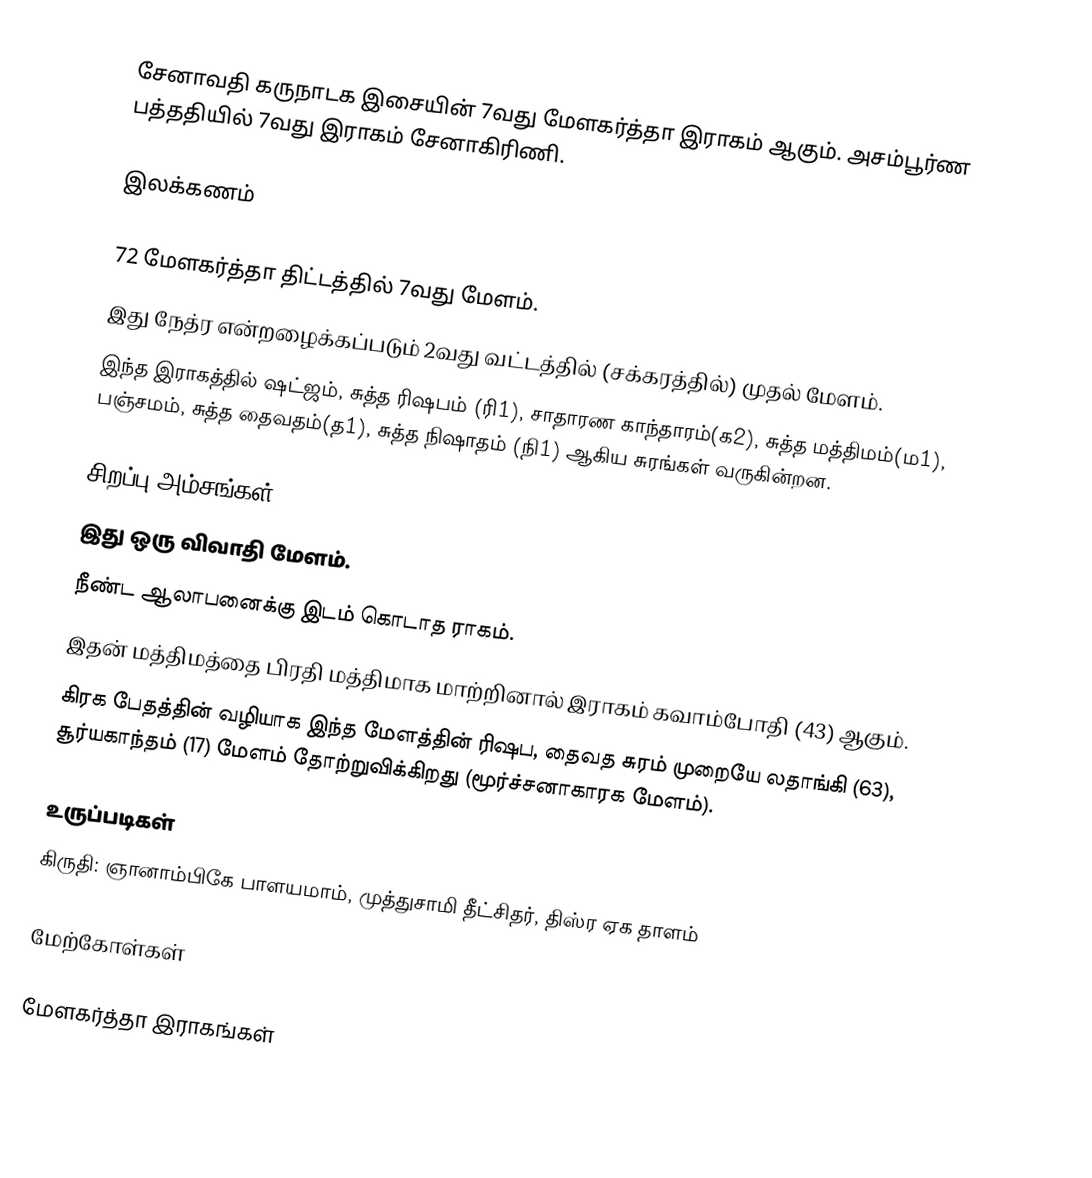
சேனாவதி கருநாடக இசையின் 7வது மேளகர்த்தா இராகம் ஆகும். அசம்பூர்ண பத்ததியில் 7வது இராகம் சேனாகிரிணி.

இலக்கணம்

 72 மேளகர்த்தா திட்டத்தில் 7வது மேளம்.
 இது நேத்ர என்றழைக்கப்படும் 2வது வட்டத்தில் (சக்கரத்தில்) முதல் மேளம்.
 இந்த இராகத்தில் ஷட்ஜம், சுத்த ரிஷபம் (ரி1), சாதாரண காந்தாரம்(க2), சுத்த மத்திமம்(ம1), பஞ்சமம், சுத்த தைவதம்(த1), சுத்த நிஷாதம் (நி1) ஆகிய சுரங்கள் வருகின்றன.

சிறப்பு அம்சங்கள்
 இது ஒரு விவாதி மேளம்.
 நீண்ட ஆலாபனைக்கு இடம் கொடாத ராகம்.
 இதன் மத்திமத்தை பிரதி மத்திமாக மாற்றினால் இராகம் கவாம்போதி (43) ஆகும்.
 கிரக பேதத்தின் வழியாக இந்த மேளத்தின் ரிஷப, தைவத சுரம் முறையே லதாங்கி (63), சூர்யகாந்தம் (17) மேளம் தோற்றுவிக்கிறது (மூர்ச்சனாகாரக மேளம்).

உருப்படிகள்
 கிருதி: ஞானாம்பிகே பாளயமாம், முத்துசாமி தீட்சிதர், திஸ்ர ஏக தாளம்

மேற்கோள்கள்

மேளகர்த்தா இராகங்கள்